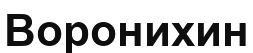
Воронихин